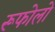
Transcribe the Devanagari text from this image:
रूफोलो